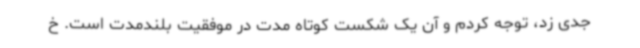
جدی زد، توجه کردم و آن یک شکست کوتاه مدت در موفقیت بلندمدت است. خ